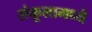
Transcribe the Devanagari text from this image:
संकूलामध्ये